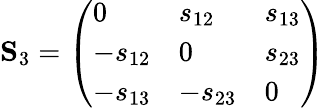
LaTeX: \mathbf{S}_{3}=\left(\begin{array}{lll}{0}&{s_{12}}&{s_{13}}\\ {-s_{12}}&{0}&{s_{23}}\\ {-s_{13}}&{-s_{23}}&{0}\end{array}\right)